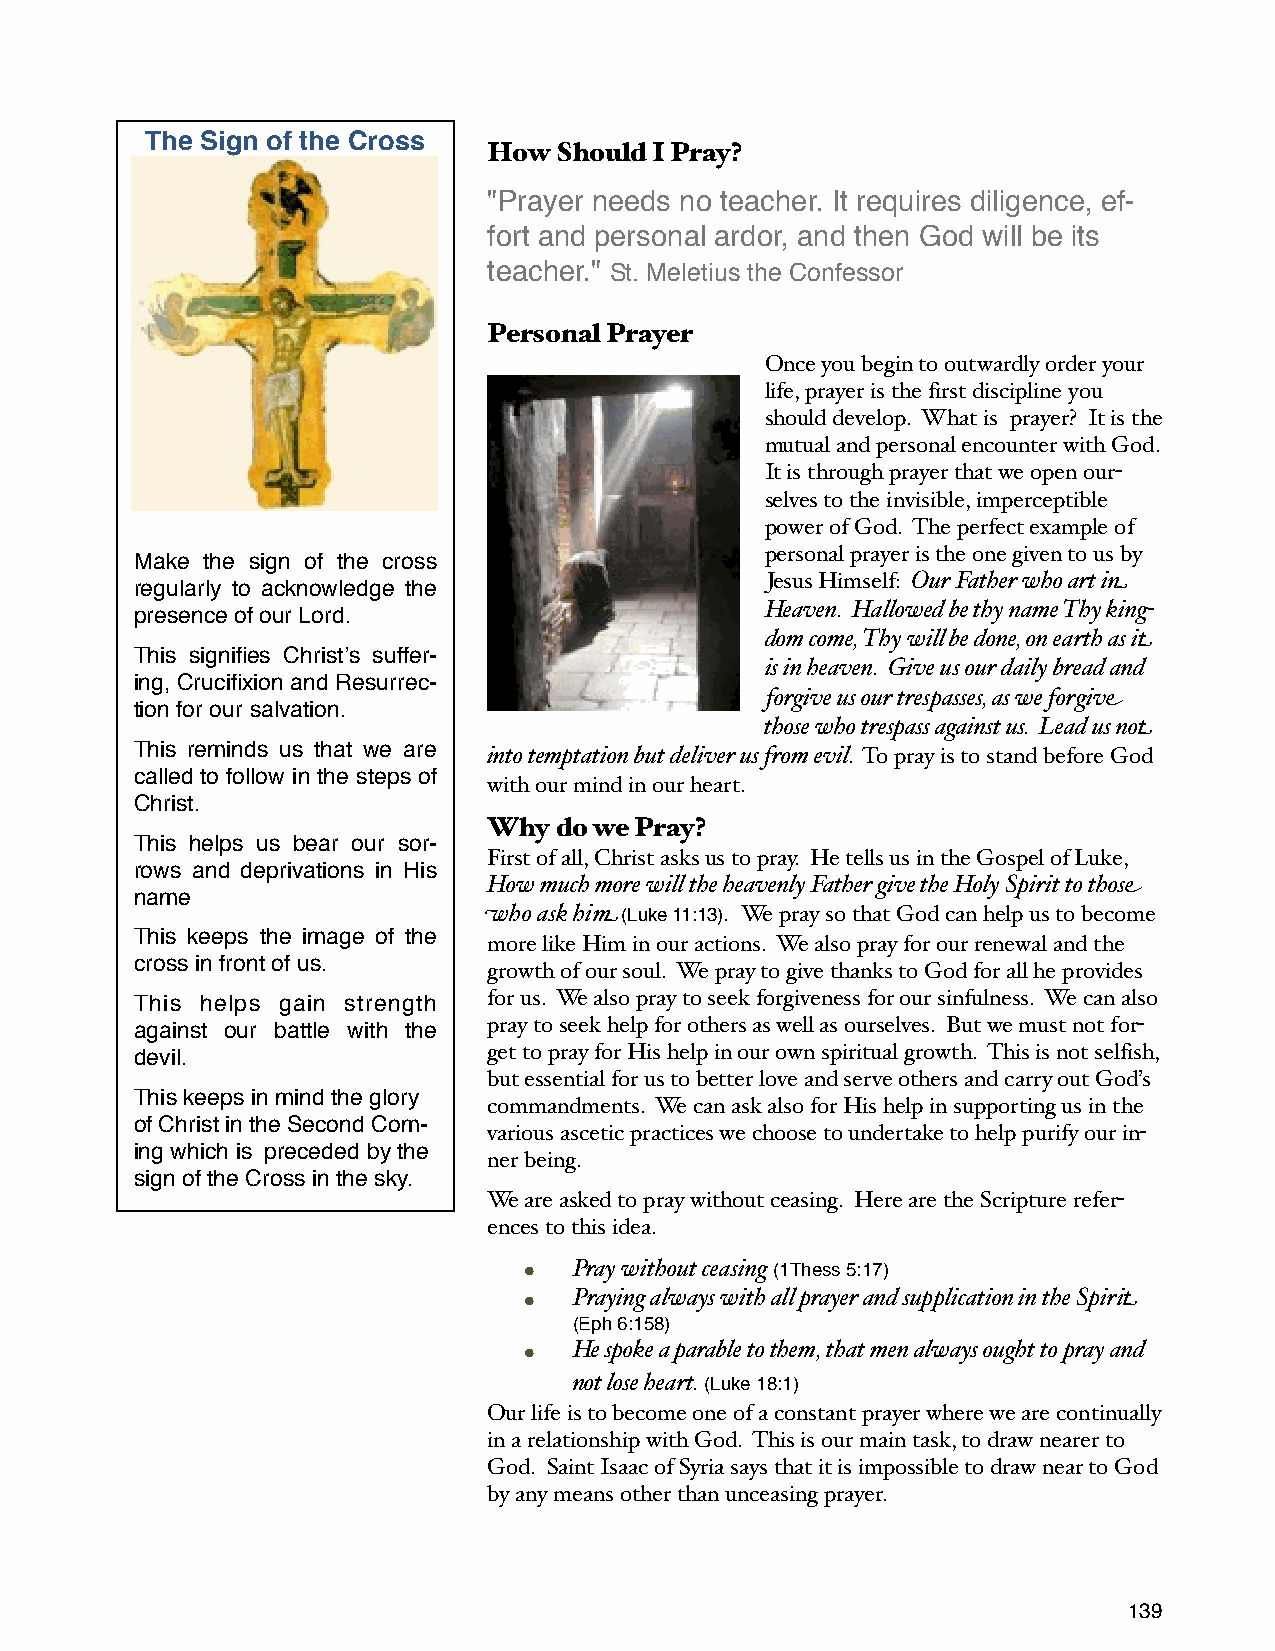
The Sign of the Cross
 How  Should I Pray?
 "Prayer needs no teacher. It requires diligence, ef-
 fort and personal ardor, and then God will be its
 teacher." St. Meletius the Confessor
 Personal Prayer
 Once you begin to outwardly order your
 life, prayer is the first discipline you
 should develop. What is prayer? It is the
 mutual and personal encounter with God.
 It is through prayer that we open our-
 selves to the invisible, imperceptible
 power of God. The perfect example of
 personal prayer is the one given to us by
 Make the sign of the cross
 Jesus Himself: Our Father who art in
 regularly to acknowledge the
 Heaven. Hallowed be thy name Thy king-
 presence of our Lord.
 dom come, Thy will be done, on earth as it
 This signifies Christʼs suffer-
 is in heaven. Give us our daily bread and
 ing, Crucifixion and Resurrec-
 forgive us our trespasses, as we forgive
 tion for our salvation.
 those who trespass against us. Lead us not
 This reminds us that we are into temptation but deliver us from evil. To pray is to stand before God
 called to follow in the steps of
 with our mind in our heart.
 Christ.
 Why  do we Pray?
 This helps us bear our sor-
 First of all, Christ asks us to pray. He tells us in the Gospel of Luke,
 rows and deprivations in His
 How much more will the heavenly Father give the Holy Spirit to those
 name
 who ask him (Luke 11:13). We pray so that God can help us to become
 This keeps the image of the
 more like Him in our actions. We also pray for our renewal and the
 cross in front of us.
 growth of our soul. We pray to give thanks to God for all he provides
 This helps gain strength for us. We also pray to seek forgiveness for our sinfulness. We can also
 against our battle with the pray to seek help for others as well as ourselves. But we must not for-
 devil.                 get to pray for His help in our own spiritual growth. This is not selfish,
 but essential for us to better love and serve others and carry out God’s
 This keeps in mind the glory
 commandments. We can ask also for His help in supporting us in the
 of Christ in the Second Com-
 various ascetic practices we choose to undertake to help purify our in-
 ing which is preceded by the
 ner being.
 sign of the Cross in the sky.
 We are asked to pray without ceasing. Here are the Scripture refer-
 ences to this idea.
 •  Pray without ceasing (1Thess 5:17)
 •  Praying always with all prayer and supplication in the Spirit
 (Eph 6:158)
 •  He spoke a parable to them, that men always ought to pray and
 not lose heart. (Luke 18:1)
 Our life is to become one of a constant prayer where we are continually
 in a relationship with God. This is our main task, to draw nearer to
 God. Saint Isaac of Syria says that it is impossible to draw near to God
 by any means other than unceasing prayer.
 139